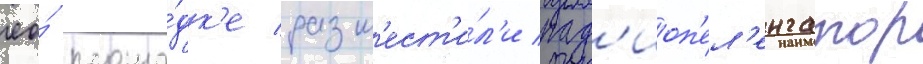
ео́ площа́дк'е разм'ест'и́л'и рад'иоп'ел'енгатор